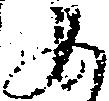
女